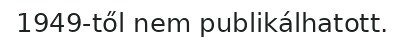
1949-től nem publikálhatott.